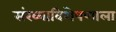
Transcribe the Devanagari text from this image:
संख्याविशेषणाला